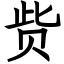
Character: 赀